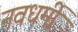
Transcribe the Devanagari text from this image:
नवधर्मी